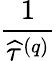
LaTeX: \frac{1}{\widehat{\tau}^{\left(q\right)}}